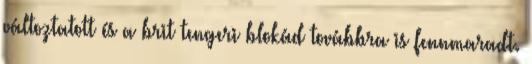
változtatott és a brit tengeri blokád továbbra is fennmaradt.